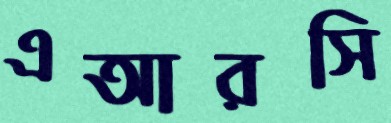
এআরসি